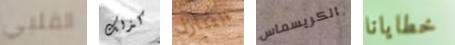
القلبي كذلك التنازل الكريسماس خطايانا